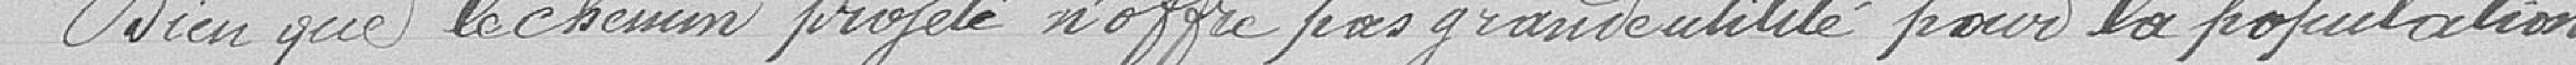
Bien que le chemin projeté n'offre pas grande utilité pour la population